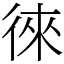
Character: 徠